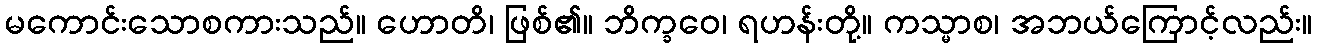
မကောင်းသောစကားသည်။ ဟောတိ၊ ဖြစ်၏။ ဘိက္ခဝေ၊ ရဟန်းတို့။ ကသ္မာစ၊ အဘယ်ကြောင့်လည်း။